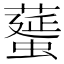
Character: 𦿸